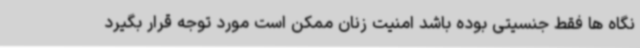
نگاه ها فقط جنسیتی بوده باشد امنیت زنان ممکن است مورد توجه قرار بگیرد